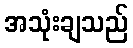
အသုံးချသည်